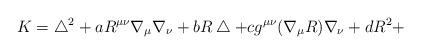
LaTeX: \begin{align*}K=\bigtriangleup ^2+aR^{\mu \nu }\nabla _\mu \nabla _\nu +bR\bigtriangleup+cg^{\mu \nu }(\nabla _\mu R)\nabla _\nu +dR^2+\end{align*}